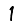
Digit: 1